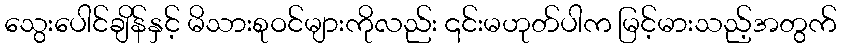
သွေးပေါင်ချိန်နှင့် မိသားစုဝင်များကိုလည်း ၎င်းမဟုတ်ပါက မြင့်မားသည့်အတွက်